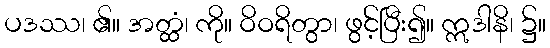
ပဒဿ၊ ၏။ အတ္ထံ၊ ကို။ ဝိဝရိတွာ၊ ဖွင့်ပြီး၍။ ဣဒါနိ၊ ၌။